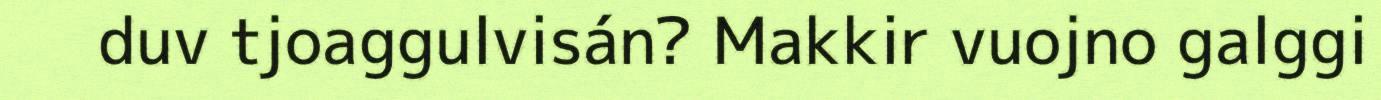
duv tjoaggulvisán? Makkir vuojno galggi